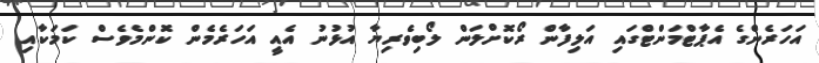
އަހަރެންގެ އެޕާޓްމަންޓްގައި އަލިފާން ރޯކޮށްލަން ލޯބިވެރިޔާ އުޅުނު އެއީ އަހަރެމެން ކޮންމެވެސް ކަމަކާއި